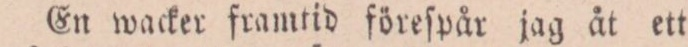
En wacker framtid föreſpår jag åt ett